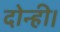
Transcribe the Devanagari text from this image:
दोन्ही।